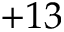
+ 1 3